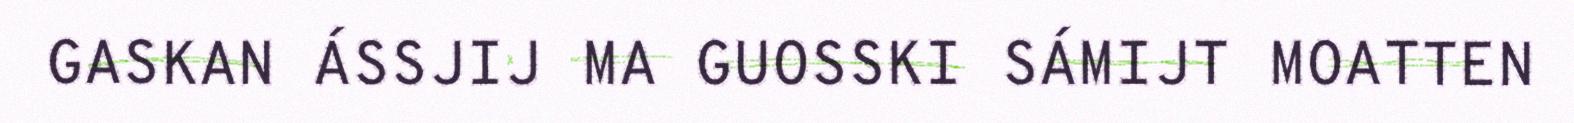
GASKAN ÁSSJIJ MA GUOSSKI SÁMIJT MOATTEN